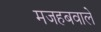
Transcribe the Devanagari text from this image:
मजहबवाले